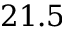
2 1 . 5